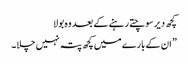
کچھ دیر سوچتے رہنے کے بعد وہ بولا
” ان کے بارے میں کچھ پتہ نہیں چلا۔